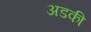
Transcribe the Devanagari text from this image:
अडकी